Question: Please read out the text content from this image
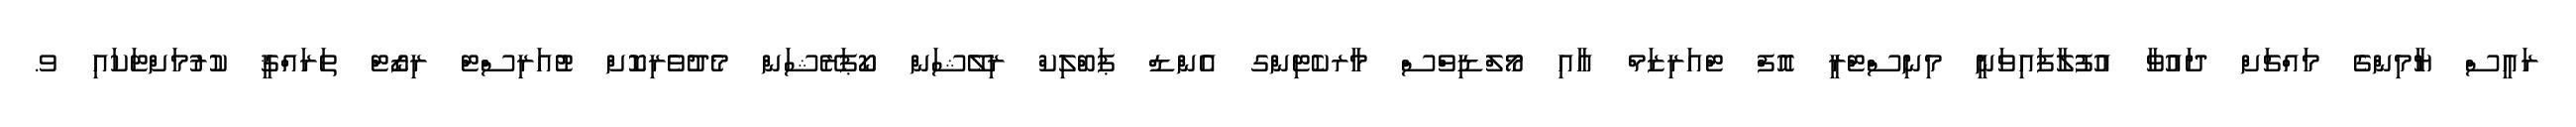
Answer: ރައީސް ޔާމިންގެ މައްޗަށް ދައުވާ އުފުލާފައިވަނީ މިނިސްޓްރީ އޮފް ޓްއަރިޒަމް އާއި މޯލްޑިވްސް މާރކެޓިންގ އެންޑް ޕަބްލިކް ރިލޭޝަން ކޯޕަރޭޝަން މެދުވެރިކޮށް ޓުއަރިސްޓް ރިޒޯޓް ތަރައްޤީ ކުރުމަށްޓަކައި ވ.